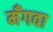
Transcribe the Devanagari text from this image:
मँगवा